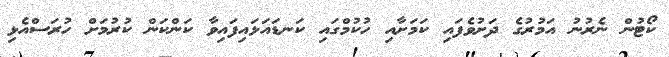
ކޯޓުން ނެރުނު އަމުރުގެ ދަށުވެފައި ކަމަށާއި ހުކުމްގައި ކަނޑައަޅައިފައިވާ ކަންކަން ކުރުމަށް ހުރަސްއެޅި